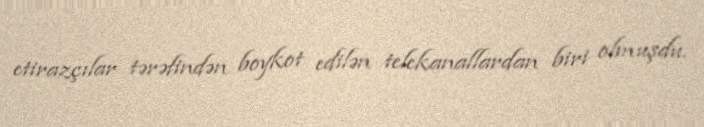
etirazçılar tərəfindən boykot edilən telekanallardan biri olmuşdu.